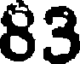
83